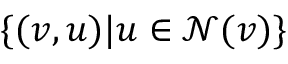
\{ ( v , u ) | u \in \mathcal { N } ( v ) \}